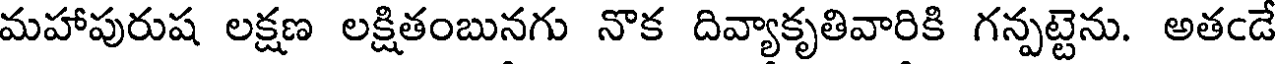
మహాపురుష లక్షణ లక్షితంబునగు నొక దివ్యాకృతివారికి గన్పట్టెను. అతఁడే